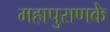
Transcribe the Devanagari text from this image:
महापुराणके